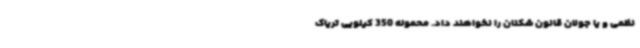
نظمی و یا جولان قانون شکنان را نخواهند داد. محموله 350 کیلویی تریاک